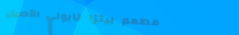
مطعم بيتزا نابولي الأصيل